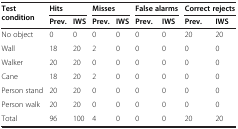
<table><thead><tr><td rowspan="2"><b>Test condition</b></td><td colspan="2"><b>Hits</b></td><td colspan="2"><b>Misses</b></td><td colspan="2"><b>False alarms</b></td><td colspan="2"><b>Correct rejects</b></td></tr><tr><td><b>Prev.</b></td><td><b>IWS</b></td><td><b>Prev.</b></td><td><b>IWS</b></td><td><b>Prev.</b></td><td><b>IWS</b></td><td><b>Prev.</b></td><td><b>IWS</b></td></tr></thead><tbody><tr><td>No object</td><td>0</td><td>0</td><td>0</td><td>0</td><td>0</td><td>0</td><td>20</td><td>20</td></tr><tr><td>Wall</td><td>18</td><td>20</td><td>2</td><td>0</td><td>0</td><td>0</td><td>0</td><td>0</td></tr><tr><td>Walker</td><td>20</td><td>20</td><td>0</td><td>0</td><td>0</td><td>0</td><td>0</td><td>0</td></tr><tr><td>Cane</td><td>18</td><td>20</td><td>2</td><td>0</td><td>0</td><td>0</td><td>0</td><td>0</td></tr><tr><td>Person stand</td><td>20</td><td>20</td><td>0</td><td>0</td><td>0</td><td>0</td><td>0</td><td>0</td></tr><tr><td>Person walk</td><td>20</td><td>20</td><td>0</td><td>0</td><td>0</td><td>0</td><td>0</td><td>0</td></tr><tr><td>Total</td><td>96</td><td>100</td><td>4</td><td>0</td><td>0</td><td>0</td><td>20</td><td>20</td></tr></tbody></table>